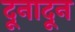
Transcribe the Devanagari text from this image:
दूनादून